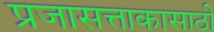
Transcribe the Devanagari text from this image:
प्रजासत्ताकासाठी